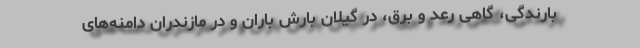
بارندگی، گاهی رعد و برق، در گیلان بارش باران و در مازندران دامنه‌های